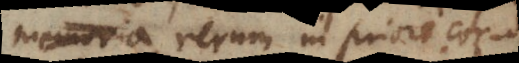
memoria rerum in priori corpore